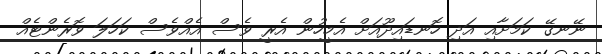
ނޭނގޭ ކަމަށާއި އަދި ހޮނޑައިދޫއަށް އެމީހުން އެރީ ވެސް އެއްވެސް ކަހަލަ ވޮރެންޓެއް